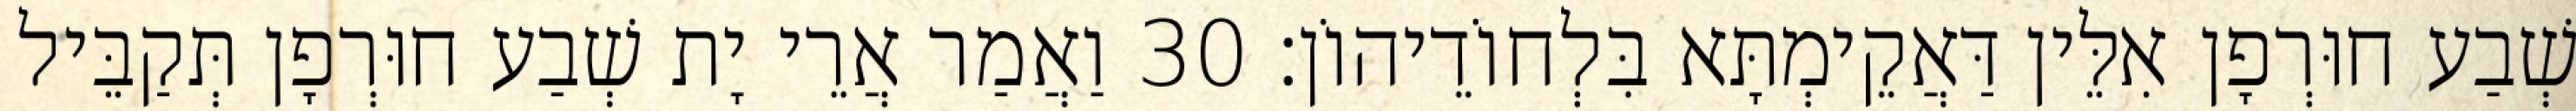
שְׁבַע חוּרְפָן אִלֵּין דַּאֲקֵימְתָּא בִּלְחוֹדֵיהוֹן׃ 30 וַאֲמַר אֲרֵי יָת שְׁבַע חוּרְפָן תְּקַבֵּיל